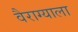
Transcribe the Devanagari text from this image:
वैराग्याला